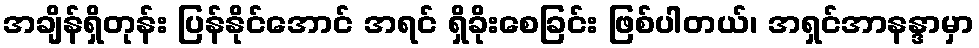
အချိန်ရှိတုန်း ပြန်နိုင်အောင် အရင် ရှိခိုးစေခြင်း ဖြစ်ပါတယ်၊ အရှင်အာနန္ဒာမှာ